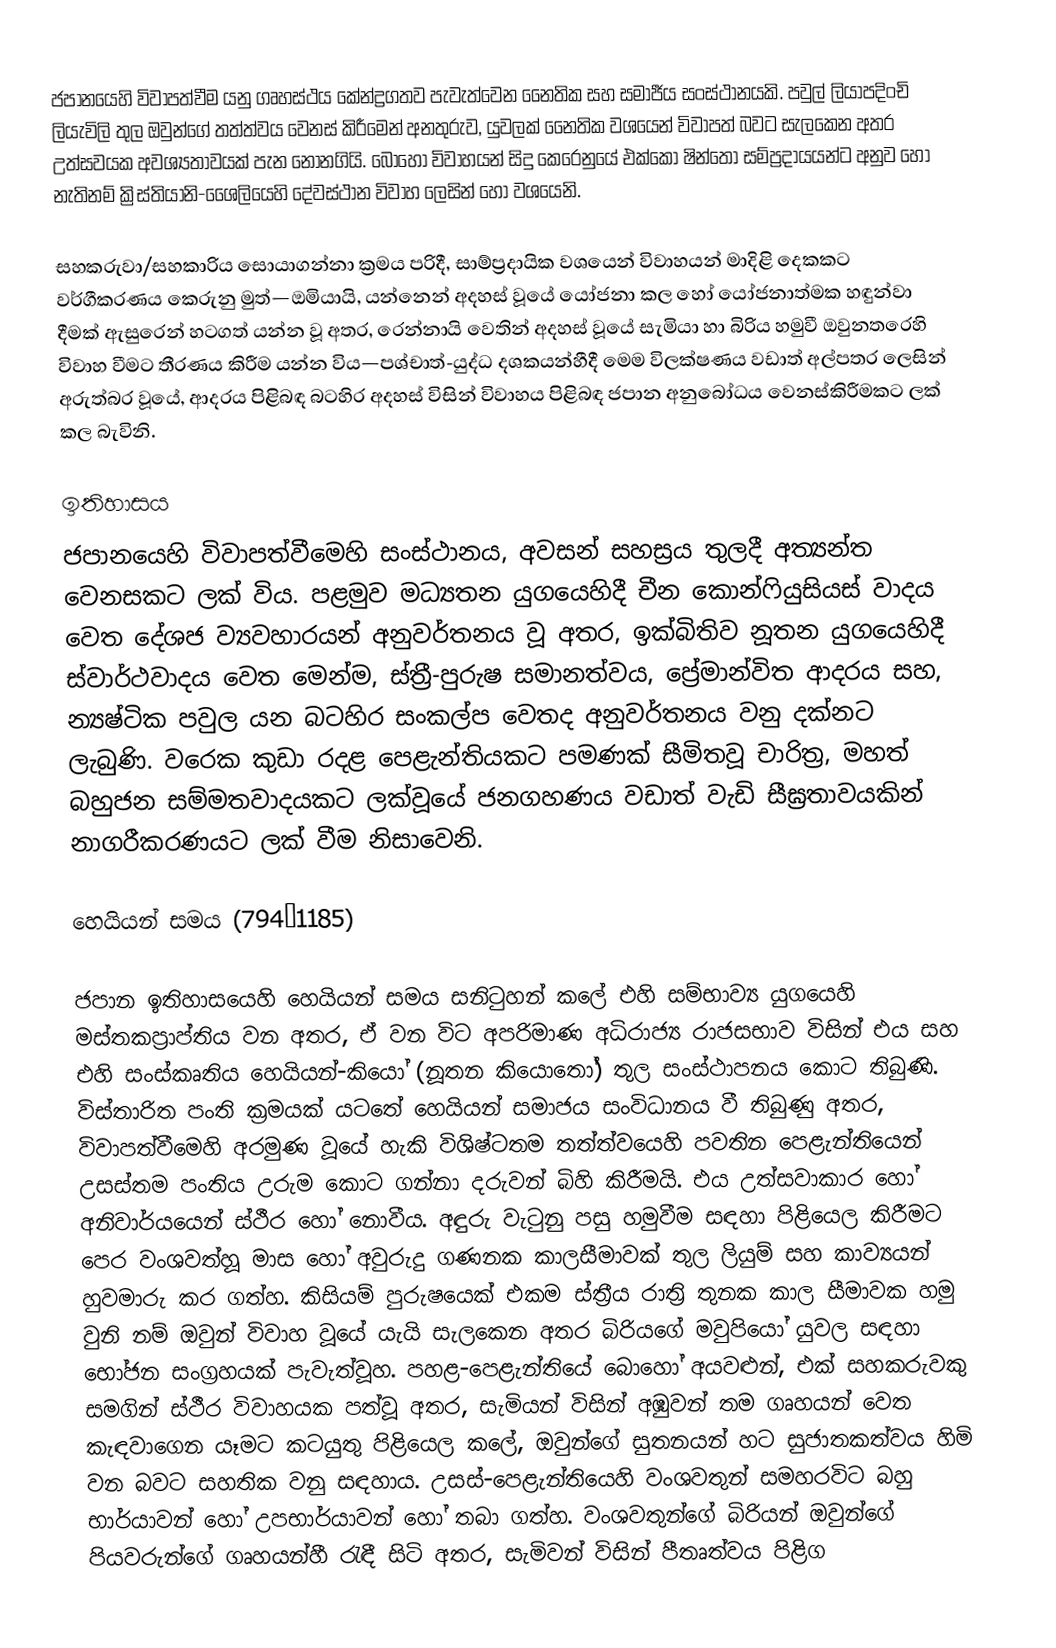
ජපානයෙහි විවාපත්වීම යනු ගෘහස්ථය කේන්ද්‍රගතව පැවැත්වෙන නෛතික සහ සමාජීය සංස්ථානයකි. පවුල් ලියාපදිංචි ලියැවිලි තුල ඔවුන්ගේ තත්ත්වය වෙනස් කිරීමෙන් අනතුරුව, යුවලක් නෛතික වශයෙන් විවාපත් බවට සැලකෙන අතර උත්සවයක අවශ්‍යතාවයක් පැන නොනගියි. බොහෝ විවාහයන් සිදු කෙරෙනුයේ එක්කෝ ෂින්තෝ සම්ප්‍රදායයන්ට අනුව හෝ නැතිනම් ක්‍රිස්තියානි-ශෛලියෙහි දේවස්ථාන විවාහ ලෙසින් හෝ වශයෙනි.

සහකරුවා/සහකාරිය සොයාගන්නා ක්‍රමය පරිදී, සාම්ප්‍රදායික වශයෙන් විවාහයන් මාදිළි දෙකකට වර්ගීකරණය කෙරුනු මුත්—ඔමියායි, යන්නෙන් අදහස් වූයේ යෝජනා කල හෝ යෝජනාත්මක හඳුන්වා දීමක් ඇසුරෙන් හටගත් යන්න වූ අතර, රෙන්නායි වෙතින් අදහස් වූයේ සැමියා හා බිරිය හමුවී ඔවුනතරෙහි විවාහ වීමට තීරණය කිරීම යන්න විය—පශ්චාත්-යුද්ධ දශකයන්හීදී මෙම විලක්ෂණය වඩාත් අල්පතර ලෙසින් අරුත්බර වූයේ,  ආදරය පිළිබඳ බටහිර අදහස් විසින් විවාහය පිළිබඳ ජපාන අනුබෝධය වෙනස්කිරීමකට ලක් කල බැවිනි.

ඉතිහාසය
ජපානයෙහි විවාපත්වීමෙහි සංස්ථානය, අවසන් සහස්‍රය තුලදී අත්‍යන්ත වෙනසකට ලක් විය. පළමුව මධ්‍යතන යුගයෙහිදී  චීන කොන්ෆියුසියස් වාදය වෙත දේශජ ව්‍යවහාරයන් අනුවර්තනය වූ අතර, ඉක්බිතිව නූතන යුගයෙහිදී ස්වාර්ථවාදය වෙත මෙන්ම, ස්ත්‍රී-පුරුෂ සමානත්වය, ප්‍රේමාන්විත ආදරය සහ, න්‍යෂ්ටික පවුල යන බටහිර සංකල්ප වෙතද  අනුවර්තනය වනු දක්නට ලැබුණි. වරෙක කුඩා  රදළ පෙළැන්තියකට පමණක් සීමිතවූ  චාරිත්‍ර, මහත් බහුජන සම්මතවාදයකට ලක්වූයේ ජනගහණය වඩාත් වැඩි සීඝ්‍රතාවයකින් නාගරීකරණයට ලක් වීම නිසාවෙනි.

හෙයියන් සමය (794–1185)

ජපාන ඉතිහාසයෙහි හෙයියන් සමය සනිටුහන් කලේ එහි සම්භාව්‍ය යුගයෙහි මස්තකප්‍රාප්තිය වන අතර, ඒ වන විට  අපරිමාණ  අධිරාජ්‍ය රාජසභාව විසින් එය සහ එහි සංස්කෘතිය හෙයියන්-කියෝ (නූතන කියොතෝ) තුල සංස්ථාපනය කොට තිබුණි. විස්තාරිත පංති ක්‍රමයක් යටතේ හෙයියන් සමාජය සංවිධානය වී තිබුණු අතර, විවාපත්වීමෙහි අරමුණ වූයේ හැකි විශිෂ්ටතම තත්ත්වයෙහි පවතින පෙළැන්තියෙන් උසස්තම පංතිය උරුම කොට ගන්නා දරුවන් බිහි කිරීමයි. එය උත්සවාකාර හෝ අනිවාර්යයෙන් ස්ථීර හෝ නොවීය.  අඳුරු වැටුනු පසු හමුවීම සඳහා පිළියෙල කිරීමට පෙර වංශවත්හූ මාස හෝ අවුරුදු ගණනක කාලසීමාවක් තුල ලියුම් සහ කාව්‍යයන් හුවමාරු කර ගත්හ. කිසියම් පුරුෂයෙක් එකම ස්ත්‍රීය රාත්‍රි තුනක කාල සීමාවක හමු වුනි නම් ඔවුන් විවාහ වූයේ යැයි සැලකෙන අතර බිරියගේ මවුපියෝ යුවල සඳහා භෝජන සංග්‍රහයක් පැවැත්වූහ. පහළ-පෙළැන්තියේ බොහෝ අයවළුන්, එක් සහකරුවකු සමගින් ස්ථීර විවාහයක පත්වූ අතර, සැමියන් විසින් අඹුවන් තම ගෘහයන් වෙත කැඳවාගෙන යෑමට කටයුතු පිළියෙල කලේ, ඔවුන්ගේ සුතනයන් හට  සුජාතකත්වය හිමි වන බවට සහතික වනු සඳහාය. උසස්-පෙළැන්තියෙහි වංශවතුන් සමහරවිට බහු භාර්යාවන් හෝ උපභාර්යාවන් හෝ තබා ගත්හ. වංශවතුන්ගේ බිරියන් ඔවුන්ගේ පියවරුන්ගේ ගෘහයන්හී රැඳී සිටි අතර, සැමිවන් විසින්  පීතෘත්වය පිළිග